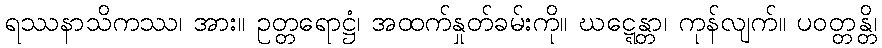
ရဿနာသိကဿ၊ အား။ ဥတ္တရောဋ္ဌံ၊ အထက်နှုတ်ခမ်းကို။ ဃဋ္ဋေန္တာ၊ ကုန်လျက်။ ပဝတ္တန္တိ၊